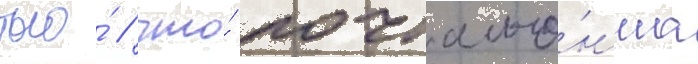
того́ / что́ почтальо́нша